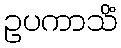
ဥပကာသိံ